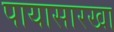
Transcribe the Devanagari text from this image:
पायासारखा